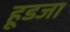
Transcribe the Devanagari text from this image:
हूडजा